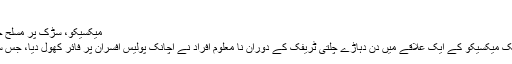
چلچلاتی دھوپ، مزید پڑھیں
میکسیکو، سڑک پر مسلح جوڑے کی پولیس پر اچانک فائرنگ
میکسیکو: شمالی امریکا میں واقع ملک میکسیکو کے ایک علاقے میں دن دہاڑے چلتی ٹریفک کے دوران نا معلوم افراد نے اچانک پولیس افسران پر فائر کھول دیا، جس سے افسران کے اوسان خطا ہو گئے۔